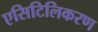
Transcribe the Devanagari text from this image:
एसिटिलिकरण